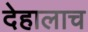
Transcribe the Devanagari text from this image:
देहालाच